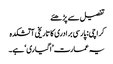
تفصیل سے پڑھئے
کراچی: پارسی برادری کا تاریخی آتشکدہ
یہ عمارت ’اگیاری‘ ہے۔